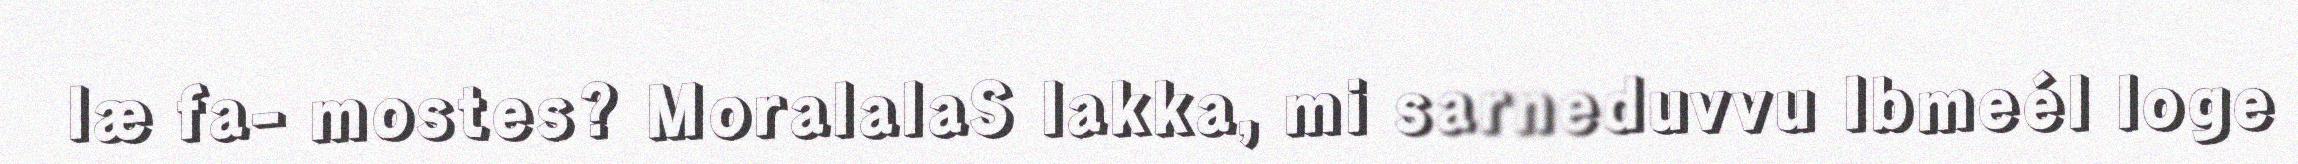
læ fa- mostes? MoralalaS lakka, mi sarneduvvu Ibmeél loge